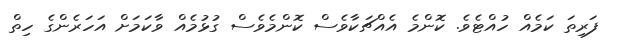
ފަރިތަ ކަމެއް ހުއްޓެވެ. ކޮންމެ އެއްޗަކާވެސް ކޮންމެވެސް ގުޅުމެއް ވާކަމަށް އަހަރެންގެ ހިތް